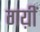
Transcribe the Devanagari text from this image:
गय़ीं